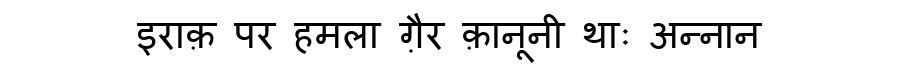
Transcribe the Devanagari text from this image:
इराक़ पर हमला ग़ैर क़ानूनी थाः अन्नान